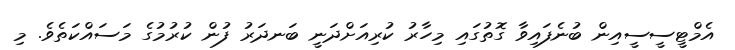
އެމްޓީސީސީއިން ބުނެފައިވާ ގޮތުގައި މިހާރު ކުރިއަށްދަނީ ބަނދަރު ފުން ކުރުމުގެ މަސައްކަތެވެ. މި